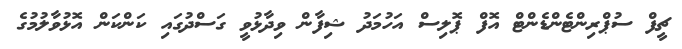
ޗީފް ސުޕްރިންޓެންޑެންޓް އޮފް ޕޮލިސް އަހުމަދު ޝިފާން ވިދާޅުވީ ގަސްދުގައި ކަންކަން އޮޅުވާލުމުގެ